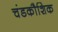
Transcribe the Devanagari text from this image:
चंडकौशिक